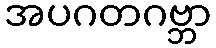
အပဂတဂဗ္ဘာ